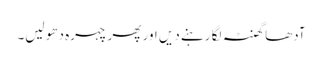
آدھا گھنٹہ لگا رہنے دیں اور پھر چہرہ دھو لیں۔